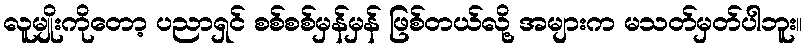
လူမျိုးကိုတော့ ပညာရှင် စစ်စစ်မှန်မှန် ဖြစ်တယ်လို့ အများက မသတ်မှတ်ပါဘူး။